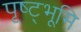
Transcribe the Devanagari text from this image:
पृष्ट्भूमि